Indian journal of veterinary science and animal husbandry - Volume 10,
Year: 1940
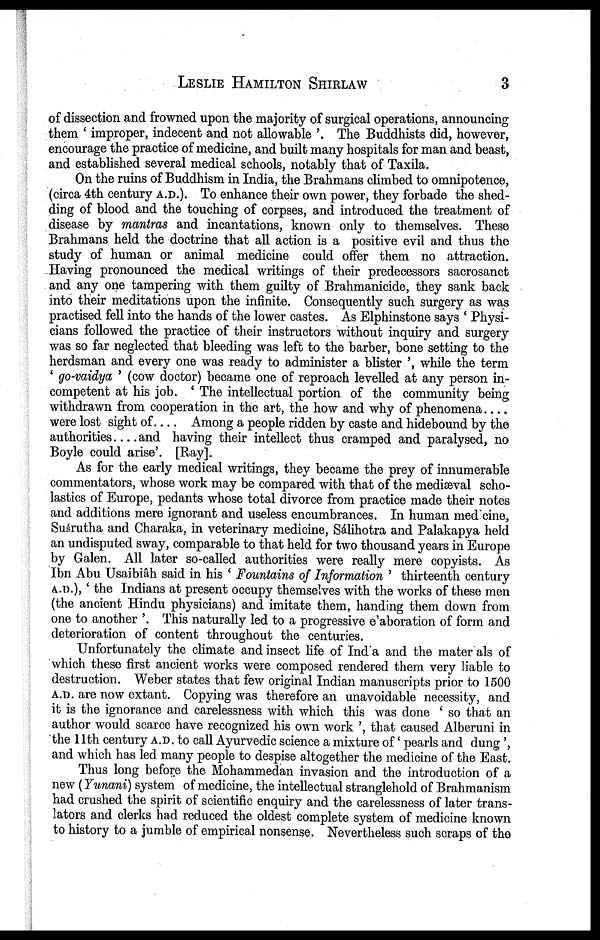
LESLIE HAMILTON SHIRLAW 3
of dissection and frowned upon the majority of surgical operations, announcing
them ' improper, indecent and not allowable '. The Buddhists did, however,
encourage the practice of medicine, and built many hospitals for man and beast,
and established several medical schools, notably that of Taxila.
On the ruins of Buddhism in India, the Brahmans climbed to omnipotence,
(circa 4th century A.D.). To enhance their own power, they forbade the shed
ding of blood and the touching of corpses, and introduced the treatment of
disease by mantras and incantations, known only to themselves. These
Brahmans held the doctrine that all action is a positive evil and thus the
study of human or animal medicine could offer them no attraction.
Having pronounced the medical writings of their predecessors sacrosanct
and any one tampering with them guilty of Brahmanicide, they sank back
into their meditations upon the infinite. Consequently such surgery as was
practised fell into the hands of the lower castes. As Elphinstone says ' Physi
cians followed the practice of their instructors without inquiry and surgery
was so far neglected that bleeding was left to the barber, bone setting to the
herdsman and every one was ready to administer a blister ', while the term
' go-vaidya ' (cow doctor) became one of reproach levelled at any person in
competent at his job. ' The intellectual portion of the community being
withdrawn from cooperation in the art, the how and why of phenomena....
were lost sight of . . . . Among a people ridden by caste and hidebound by the
authorities . . . . and having their intellect thus cramped and paralysed, no
Boyle could arise'. [Ray].
As for the early medical writings, they became the prey of innumerable
commentators, whose work may be compared with that of the mediæval scho
lastics of Europe, pedants whose total divorce from practice made their notes
and additions mere ignorant and useless encumbrances. In human medicine,
Suśrutha and Charaka, in veterinary medicine, Sálihotra and Palakapya held
an undisputed sway, comparable to that held for two thousand years in Europe
by Galen. All later so-called authorities were really mere copyists. As
Ibn Abu Usaibiâh said in his ' Fountains of Information ' thirteenth century
A. D.), ' the Indians at present occupy themselves with the works of these men
(the ancient Hindu physicians) and imitate them, handing them down from
one to another '. This naturally led to a progressive e'aboration of form and
deterioration of content throughout the centuries.
Unfortunately the climate and insect life of India and the mater als of
which these first ancient works were composed rendered them very liable to
destruction. Weber states that few original Indian manuscripts prior to 1500
A.D. are now extant. Copying was therefore an unavoidable necessity, and
it is the ignorance and carelessness with which this was done ' so that an
author would scarce have recognized his own work ', that caused Alberuni in
the 11th century A.D. to call Ayurvedic science a mixture of ' pearls and dung ',
and which has led many people to despise altogether the medicine of the East.
Thus long before the Mohammedan invasion and the introduction of a
new (Yunani) system of medicine, the intellectual stranglehold of Brahmanism
had crushed the spirit of scientific enquiry and the carelessness of later trans-
lators and clerks had reduced the oldest complete system of medicine known
to history to a jumble of empirical nonsense. Nevertheless such scraps of the